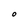
Character: O